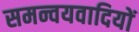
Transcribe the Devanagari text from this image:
समन्वयवादियों